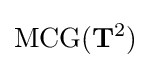
\operatorname {MCG} (\mathbf {T} ^{2})